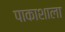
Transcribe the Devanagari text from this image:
पाकाशाला